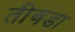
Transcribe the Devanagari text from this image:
तीवडा